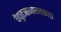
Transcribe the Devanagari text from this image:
वैद्युतऋणात्मकता